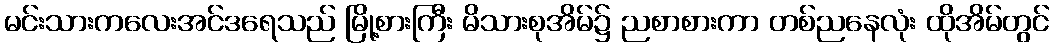
မင်းသားကလေးအင်ဒရေသည် မြို့စားကြီး မိသားစုအိမ်၌ ညစာစားကာ တစ်ညနေလုံး ထိုအိမ်တွင်